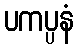
ပကပ္ပနံ